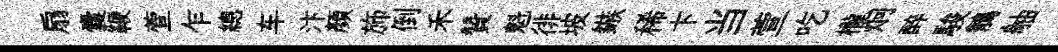
扇囊鞭萱乍總车汴顔斾倒禾贊魁徘坡鏃稀卞当萱吃櫳炯醉駿鶺舳